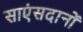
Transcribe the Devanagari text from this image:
साएंसदानों